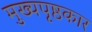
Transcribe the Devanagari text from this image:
मुख्यपृष्ठकार